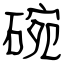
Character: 碗